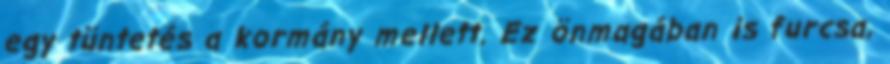
egy tüntetés a kormány mellett. Ez önmagában is furcsa,